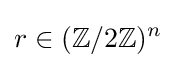
r\in (\mathbb {Z} /2\mathbb {Z} )^{n}